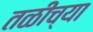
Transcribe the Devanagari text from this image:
तळीच्या